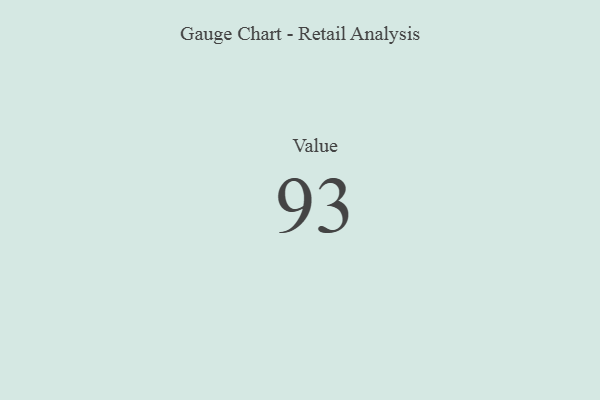
{"axis": {"x": "Metric", "y": "Value"}, "legend": [""], "data": [{"x": "Value", "y": 93, "type": ""}]}